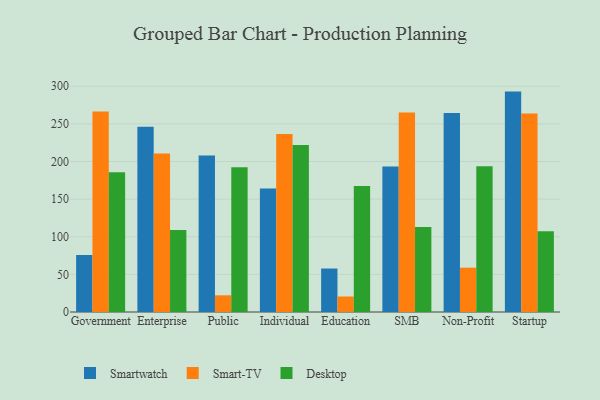
{"axis": {"x": "Segment", "y": "Demand Index"}, "legend": ["Desktop", "Smart-TV", "Smartwatch"], "data": [{"x": "Government", "y": 75.6, "type": "Smartwatch"}, {"x": "Government", "y": 266.6, "type": "Smart-TV"}, {"x": "Government", "y": 185.7, "type": "Desktop"}, {"x": "Enterprise", "y": 246.3, "type": "Smartwatch"}, {"x": "Enterprise", "y": 210.8, "type": "Smart-TV"}, {"x": "Enterprise", "y": 109.1, "type": "Desktop"}, {"x": "Public", "y": 207.9, "type": "Smartwatch"}, {"x": "Public", "y": 22.2, "type": "Smart-TV"}, {"x": "Public", "y": 192.2, "type": "Desktop"}, {"x": "Individual", "y": 164.2, "type": "Smartwatch"}, {"x": "Individual", "y": 236.6, "type": "Smart-TV"}, {"x": "Individual", "y": 221.9, "type": "Desktop"}, {"x": "Education", "y": 57.8, "type": "Smartwatch"}, {"x": "Education", "y": 20.6, "type": "Smart-TV"}, {"x": "Education", "y": 167.3, "type": "Desktop"}, {"x": "SMB", "y": 193.4, "type": "Smartwatch"}, {"x": "SMB", "y": 265.2, "type": "Smart-TV"}, {"x": "SMB", "y": 112.9, "type": "Desktop"}, {"x": "Non-Profit", "y": 264.6, "type": "Smartwatch"}, {"x": "Non-Profit", "y": 58.9, "type": "Smart-TV"}, {"x": "Non-Profit", "y": 193.6, "type": "Desktop"}, {"x": "Startup", "y": 292.9, "type": "Smartwatch"}, {"x": "Startup", "y": 263.9, "type": "Smart-TV"}, {"x": "Startup", "y": 107.2, "type": "Desktop"}]}